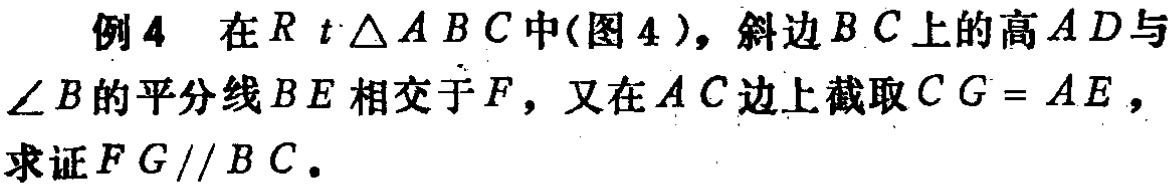
例4 在$Rt\triangle ABC$中(图4)，斜边$BC$上的高$AD$与$\angle B$的平分线$BE$相交于$F$，又在$AC$边上截取$CG = AE$，求证$FG\parallel BC$。